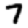
Digit: 7